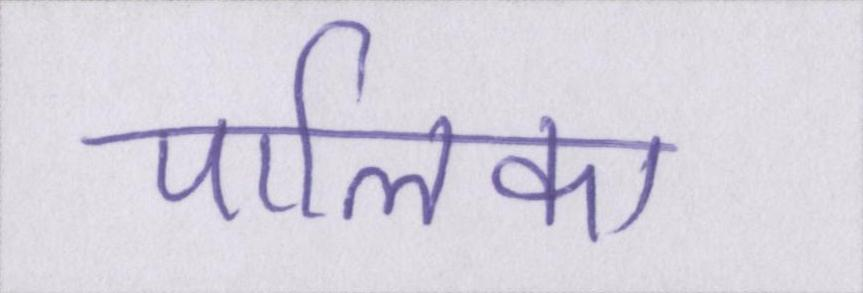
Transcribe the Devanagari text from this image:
पालिका